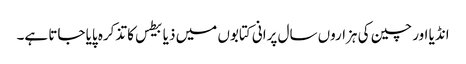
انڈیا اور چین کی ہزاروں سال پرانی کتابوں میں ذیابیطس کا تذکرہ پایا جاتا ہے۔